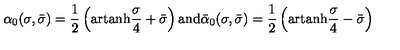
\alpha _ { 0 } ( \sigma , \bar { \sigma } ) = \frac { 1 } { 2 } \left( \mathrm { a r t a n h } \frac { \sigma } { 4 } + \bar { \sigma } \right) \mathrm { a n d } \bar { \alpha } _ { 0 } ( \sigma , \bar { \sigma } ) = \frac { 1 } { 2 } \left( \mathrm { a r t a n h } \frac { \sigma } { 4 } - \bar { \sigma } \right)